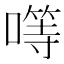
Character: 𠾡